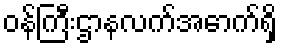
ဝန်ကြီးဌာနလက်အောက်ရှိ